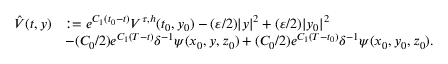
\begin{array} { r l } { \hat { V } ( t , y ) } & { : = e ^ { C _ { 1 } ( t _ { 0 } - t ) } V ^ { \tau , h } ( t _ { 0 } , y _ { 0 } ) - ( \varepsilon / 2 ) | y | ^ { 2 } + ( \varepsilon / 2 ) | y _ { 0 } | ^ { 2 } } \\ & { - ( C _ { 0 } / 2 ) e ^ { C _ { 1 } ( T - t ) } \delta ^ { - 1 } \psi ( x _ { 0 } , y , z _ { 0 } ) + ( C _ { 0 } / 2 ) e ^ { C _ { 1 } ( T - t _ { 0 } ) } \delta ^ { - 1 } \psi ( x _ { 0 } , y _ { 0 } , z _ { 0 } ) . } \end{array}